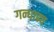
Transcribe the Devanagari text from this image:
गन्धाढ्य